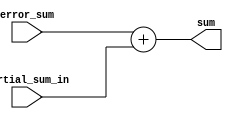
`timescale 1ns / 1ps
//////////////////////////////////////////////////////////////////////////////////
// Company: 
// Engineer: 
// 
// Design Name: 
// Module Name: adder
// Project Name: 
// Target Devices: 
// Tool Versions: 
// Description: 
// 
// Dependencies: 
// 
// Revision:
// Revision 0.01 - File Created
// Additional Comments:
// 
//////////////////////////////////////////////////////////////////////////////////


module adder(
    input [15:0] error_sum,
    input [23:0] partial_sum_in,
    output [23:0] sum
    );
    
    assign sum=error_sum+partial_sum_in;
    
endmodule